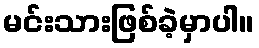
မင်းသားဖြစ်ခဲ့မှာပါ။